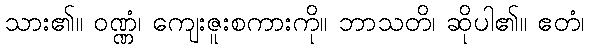
သား၏။ ဝဏ္ဏံ၊ ကျေးဇူးစကားကို။ ဘာသတိ၊ ဆိုပါ၏။ ဧတံ၊